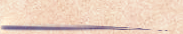
تخفيضات اليوم